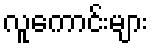
လူကောင်းများ